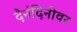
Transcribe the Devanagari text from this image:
दैनंदिनीवर